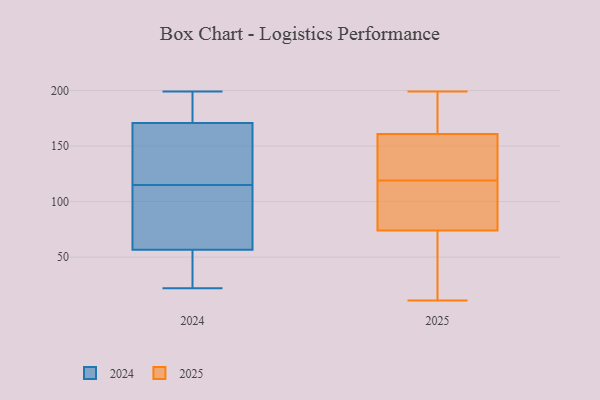
{"axis": {"x": "Tickets Resolved", "y": "Value"}, "legend": ["2024", "2025"], "data": [{"x": "", "y": 156, "type": "2025"}, {"x": "", "y": 84, "type": "2025"}, {"x": "", "y": 175, "type": "2025"}, {"x": "", "y": 199, "type": "2025"}, {"x": "", "y": 21, "type": "2025"}, {"x": "", "y": 90, "type": "2025"}, {"x": "", "y": 148, "type": "2025"}, {"x": "", "y": 148, "type": "2025"}, {"x": "", "y": 85, "type": "2025"}, {"x": "", "y": 176, "type": "2025"}, {"x": "", "y": 119, "type": "2025"}, {"x": "", "y": 44, "type": "2025"}, {"x": "", "y": 11, "type": "2025"}, {"x": "", "y": 47, "type": "2024"}, {"x": "", "y": 91, "type": "2024"}, {"x": "", "y": 190, "type": "2024"}, {"x": "", "y": 180, "type": "2024"}, {"x": "", "y": 40, "type": "2024"}, {"x": "", "y": 105, "type": "2024"}, {"x": "", "y": 193, "type": "2024"}, {"x": "", "y": 199, "type": "2024"}, {"x": "", "y": 143, "type": "2024"}, {"x": "", "y": 115, "type": "2024"}, {"x": "", "y": 140, "type": "2024"}, {"x": "", "y": 22, "type": "2024"}, {"x": "", "y": 24, "type": "2024"}, {"x": "", "y": 143, "type": "2024"}, {"x": "", "y": 85, "type": "2024"}]}